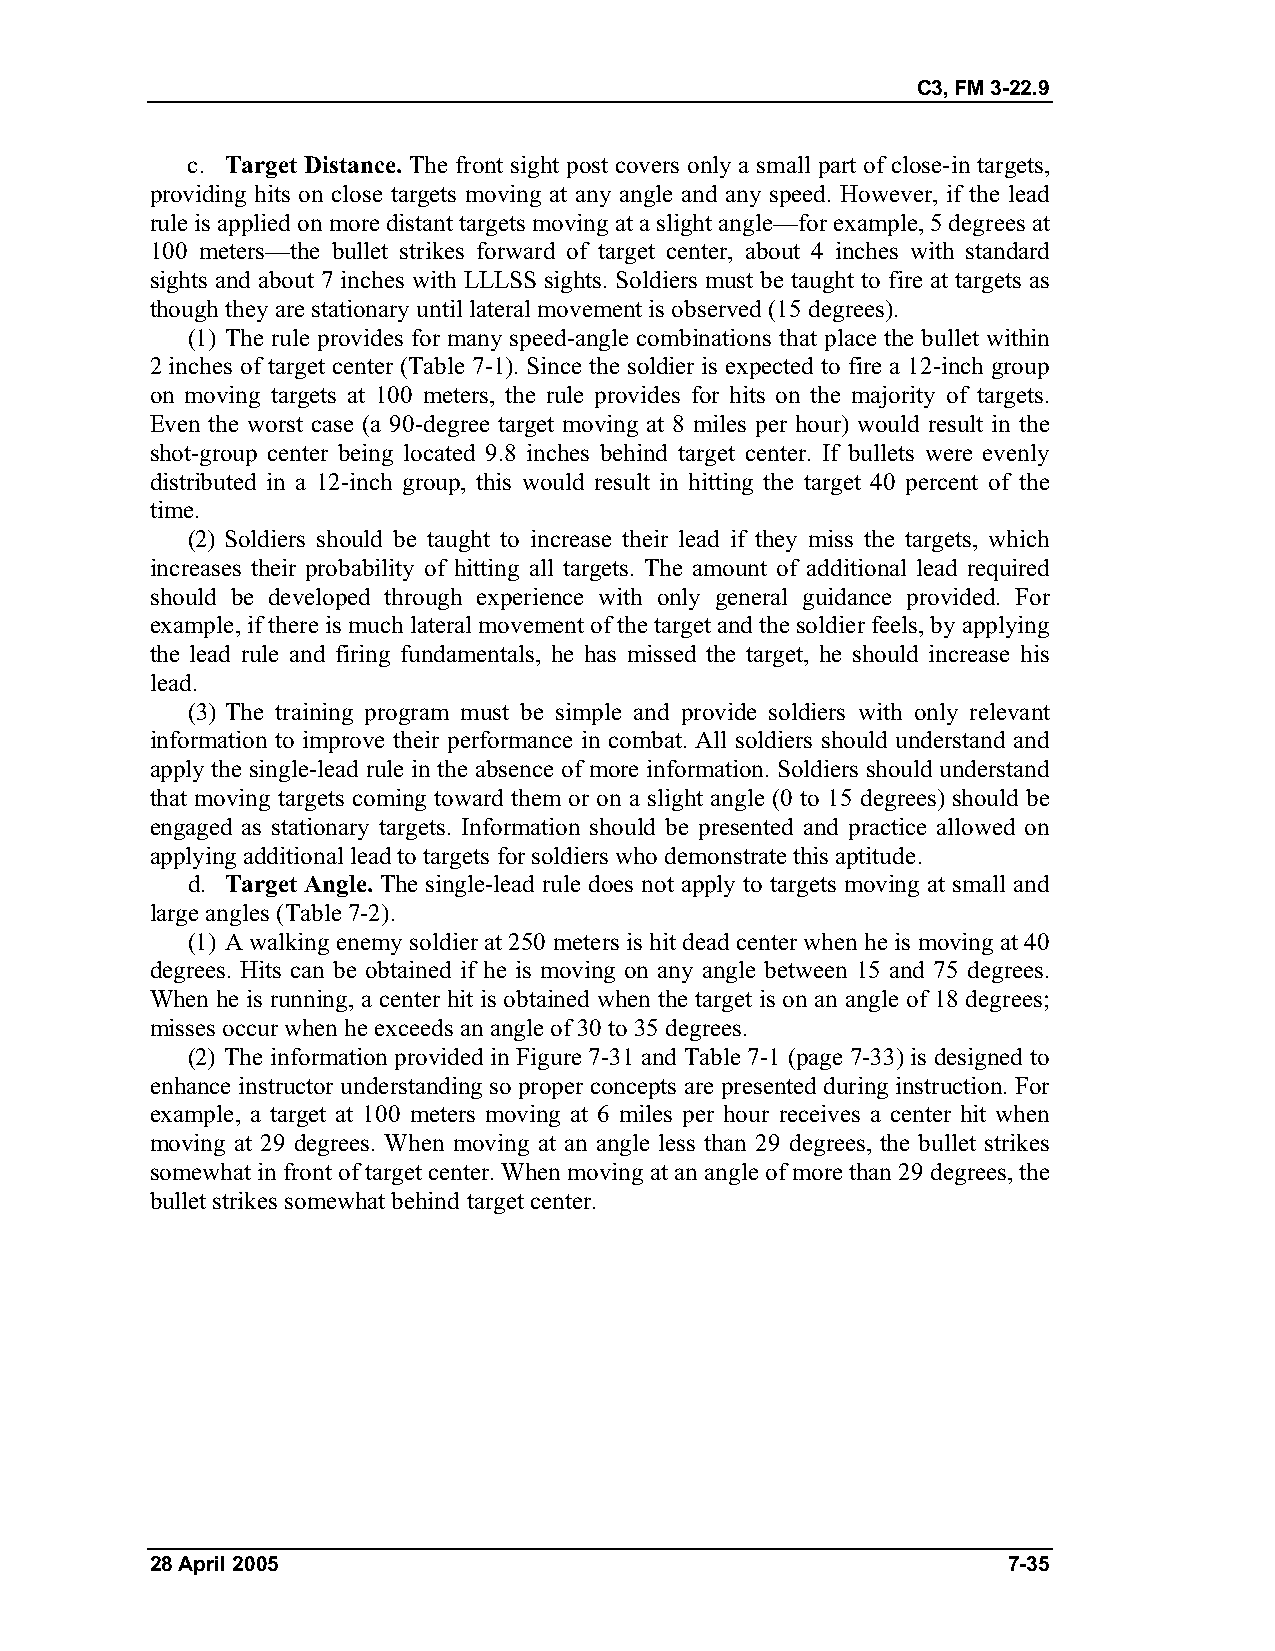
C3, FM 3-22.9
 c. Target Distance. The front sight post covers only a small part of close-in targets,
 providing hits on close targets moving at any angle and any speed. However, if the lead
 rule is applied on more distant targets moving at a slight angle—for example, 5 degrees at
 100 meters—the bullet strikes forward of target center, about 4 inches with standard
 sights and about 7 inches with LLLSS sights. Soldiers must be taught to fire at targets as
 though they are stationary until lateral movement is observed (15 degrees).
 (1) The rule provides for many speed-angle combinations that place the bullet within
 2 inches of target center (Table 7-1). Since the soldier is expected to fire a 12-inch group
 on moving targets at 100 meters, the rule provides for hits on the majority of targets.
 Even the worst case (a 90-degree target moving at 8 miles per hour) would result in the
 shot-group center being located 9.8 inches behind target center. If bullets were evenly
 distributed in a 12-inch group, this would result in hitting the target 40 percent of the
 time.
 (2) Soldiers should be taught to increase their lead if they miss the targets, which
 increases their probability of hitting all targets. The amount of additional lead required
 should be developed through experience with only general guidance provided. For
 example, if there is much lateral movement of the target and the soldier feels, by applying
 the lead rule and firing fundamentals, he has missed the target, he should increase his
 lead.
 (3) The training program must be simple and provide soldiers with only relevant
 information to improve their performance in combat. All soldiers should understand and
 apply the single-lead rule in the absence of more information. Soldiers should understand
 that moving targets coming toward them or on a slight angle (0 to 15 degrees) should be
 engaged as stationary targets. Information should be presented and practice allowed on
 applying additional lead to targets for soldiers who demonstrate this aptitude.
 d. Target Angle. The single-lead rule does not apply to targets moving at small and
 large angles (Table 7-2).
 (1) A walking enemy soldier at 250 meters is hit dead center when he is moving at 40
 degrees. Hits can be obtained if he is moving on any angle between 15 and 75 degrees.
 When he is running, a center hit is obtained when the target is on an angle of 18 degrees;
 misses occur when he exceeds an angle of 30 to 35 degrees.
 (2) The information provided in Figure 7-31 and Table 7-1 (page 7-33) is designed to
 enhance instructor understanding so proper concepts are presented during instruction. For
 example, a target at 100 meters moving at 6 miles per hour receives a center hit when
 moving at 29 degrees. When moving at an angle less than 29 degrees, the bullet strikes
 somewhat in front of target center. When moving at an angle of more than 29 degrees, the
 bullet strikes somewhat behind target center.
 28 April 2005                                            7-35